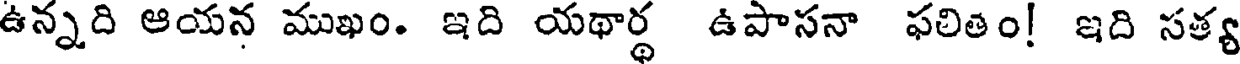
ఉన్నది ఆయన ముఖం. ఇది యథార్థ ఉపాసనా ఫలితం! ఇది సత్య